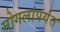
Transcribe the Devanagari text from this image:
मोगलांपर्यंत